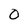
Character: o